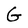
Character: G